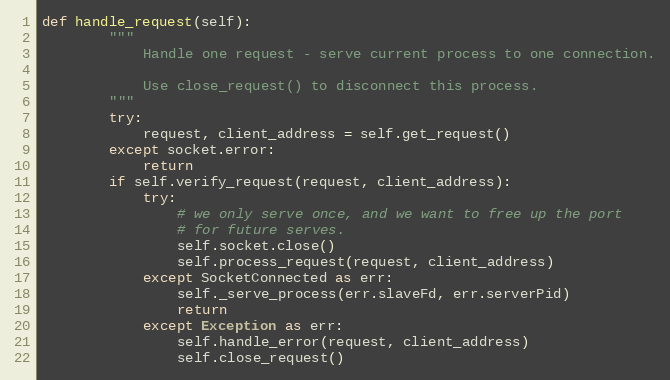
Language: Python
def handle_request(self):
        """
            Handle one request - serve current process to one connection.

            Use close_request() to disconnect this process.
        """
        try:
            request, client_address = self.get_request()
        except socket.error:
            return
        if self.verify_request(request, client_address):
            try:
                # we only serve once, and we want to free up the port
                # for future serves.
                self.socket.close()
                self.process_request(request, client_address)
            except SocketConnected as err:
                self._serve_process(err.slaveFd, err.serverPid)
                return
            except Exception as err:
                self.handle_error(request, client_address)
                self.close_request()